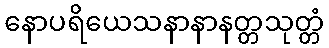
နောပရိယေသနာနာနတ္တသုတ္တံ